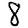
Digit: 8